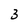
Character: 3